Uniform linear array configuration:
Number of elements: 12
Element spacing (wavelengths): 0.5
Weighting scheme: binomial
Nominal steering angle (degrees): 30
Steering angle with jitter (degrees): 28.285
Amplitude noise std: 0.05
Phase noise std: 0.05

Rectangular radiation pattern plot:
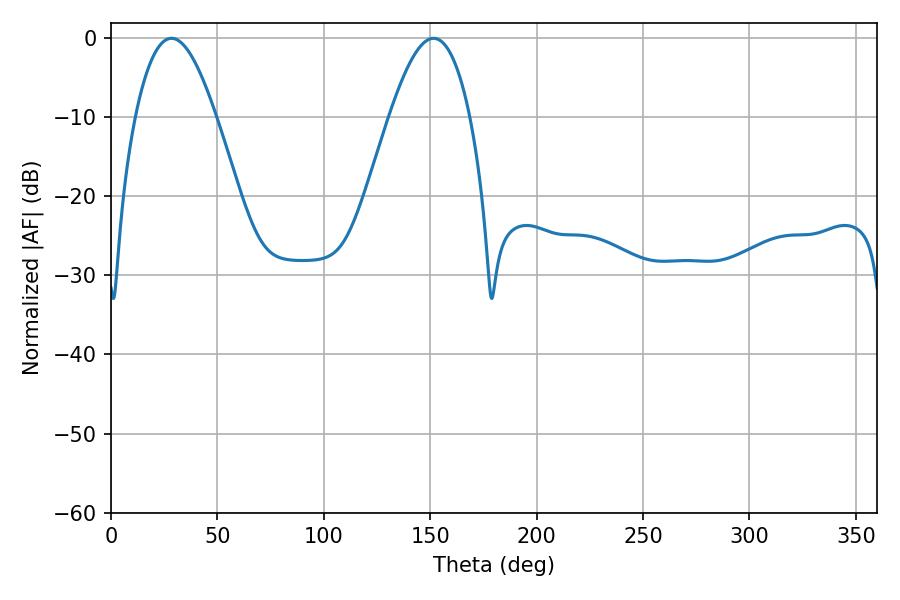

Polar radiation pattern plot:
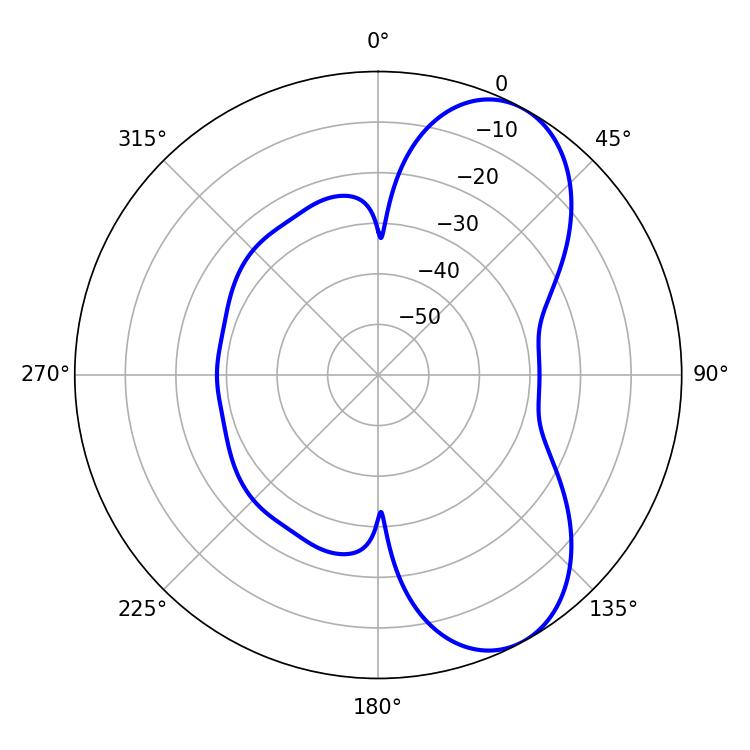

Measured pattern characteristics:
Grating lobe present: FALSE
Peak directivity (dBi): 7.225
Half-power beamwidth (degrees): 20.52
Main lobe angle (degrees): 28.44